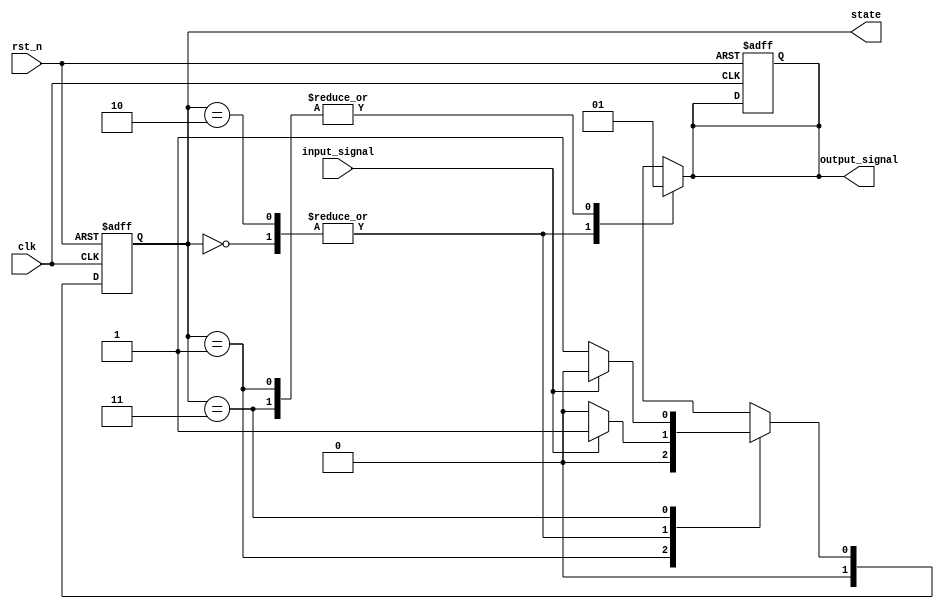
module async_reset_moore_fsm (
    input wire clk,          // Clock signal
    input wire rst_n,       // Active low asynchronous reset
    input wire input_signal, // Input signal for state transitions
    output reg [1:0] state,  // Current state
    output reg output_signal  // Output signal based on current state
);

// State encoding
localparam STATE_0 = 2'b00; // State 0
localparam STATE_1 = 2'b01; // State 1
localparam STATE_2 = 2'b10; // State 2
localparam STATE_3 = 2'b11; // State 3

// State transition logic
always @(*) begin
    case (state)
        STATE_0: begin
            if (input_signal) begin
                state_next = STATE_1;
            end else begin
                state_next = STATE_0;
            end
            output_signal = 1'b0; // Output for STATE_0
        end

        STATE_1: begin
            if (input_signal) begin
                state_next = STATE_2;
            end else begin
                state_next = STATE_0;
            end
            output_signal = 1'b1; // Output for STATE_1
        end

        STATE_2: begin
            if (input_signal) begin
                state_next = STATE_3;
            end else begin
                state_next = STATE_0;
            end
            output_signal = 1'b0; // Output for STATE_2
        end

        STATE_3: begin
            if (input_signal) begin
                state_next = STATE_0;
            end else begin
                state_next = STATE_1;
            end
            output_signal = 1'b1; // Output for STATE_3
        end

        default: begin
            state_next = STATE_0;
            output_signal = 1'b0; // Default output
        end
    endcase
end

// State register with asynchronous reset
always @(posedge clk or negedge rst_n) begin
    if (!rst_n) begin
        state <= STATE_0; // Reset to initial state
        output_signal <= 1'b0; // Reset output
    end else begin
        state <= state_next; // Update state on clock edge
    end
end

endmodule